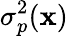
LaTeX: \sigma_{p}^{2}(\mathbf{x})